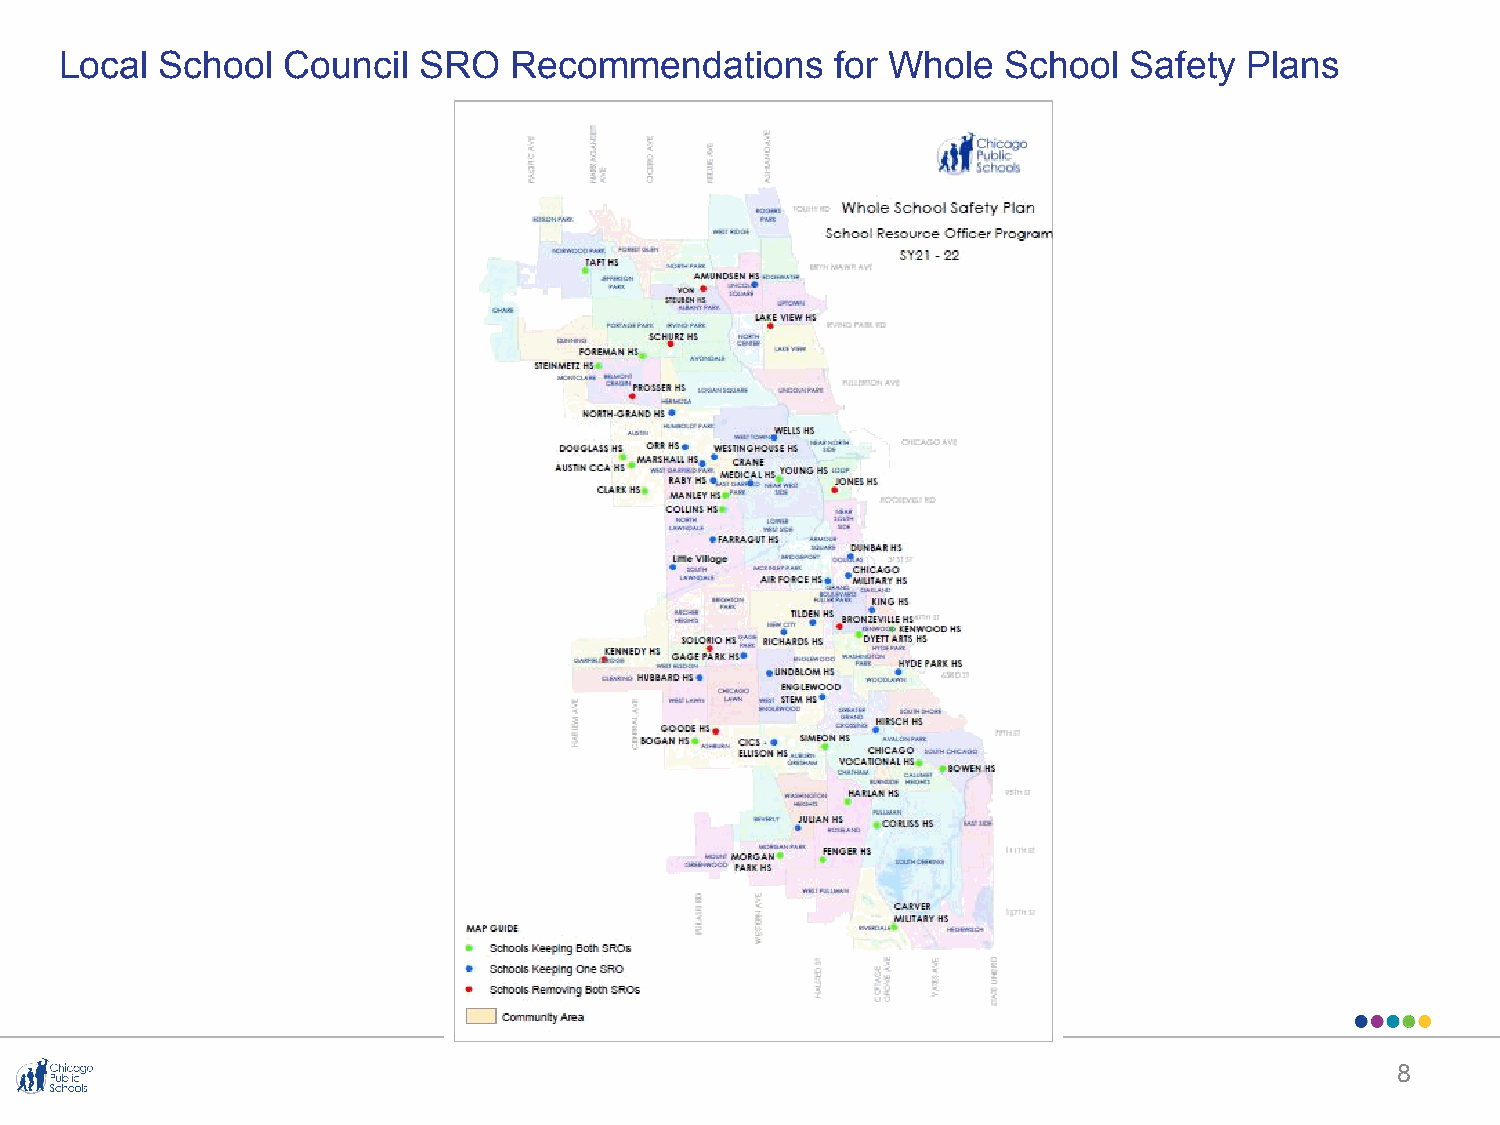
Local  School  Council  SRO   Recommendations      for Whole   School  Safety  Plans
 8